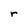
Character: r